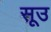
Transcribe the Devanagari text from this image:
सूउ